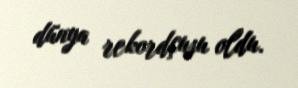
dünya rekordçusu oldu.